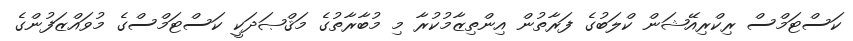
ކަސްޓަމްސް ރިކްރިއޭޝަން ކްލަބުގެ ފަރާތުން އިންތިޒާމުކުރާ މި މުބާރާތުގެ މަޤްޞަދަކީ ކަސްޓަމްސްގެ މުވައްޒަފުންގެ